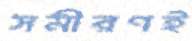
সমীরণই